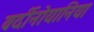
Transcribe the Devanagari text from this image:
वर्दीनोयानिया